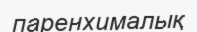
паренхималық